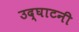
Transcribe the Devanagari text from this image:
उद्घाटनी